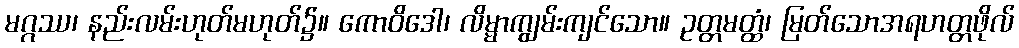
မဂ္ဂဿ၊ နည်းလမ်းဟုတ်မဟုတ်၌။ ကောဝိဒေါ၊ လိမ္မာကျွမ်းကျင်သော။ ဥတ္တမတ္ထံ၊ မြတ်သောအရဟတ္တဖိုလ်